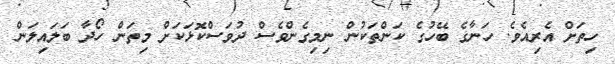
ހިތަށް އެރިއެވެ. ހަނާގެ ބޭހުގެ ކަންތަކުން ނިމިގެންވެސް ދުވަސްކޮޅަކަށް މިތަން ހޯދާ ބަލައިލަން